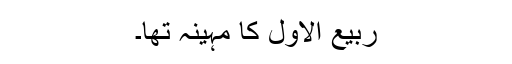
ربیع الاول کا مہینہ تھا۔